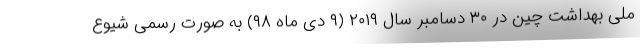
ملی بهداشت چین در ۳۰ دسامبر سال ۲۰۱۹ (۹ دی ماه ۹۸) به صورت رسمی شیوع